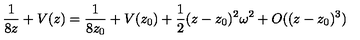
\frac { 1 } { 8 z } + V ( z ) = \frac { 1 } { 8 z _ { 0 } } + V ( z _ { 0 } ) + \frac 1 2 ( z - z _ { 0 } ) ^ { 2 } \omega ^ { 2 } + O ( ( z - z _ { 0 } ) ^ { 3 } )